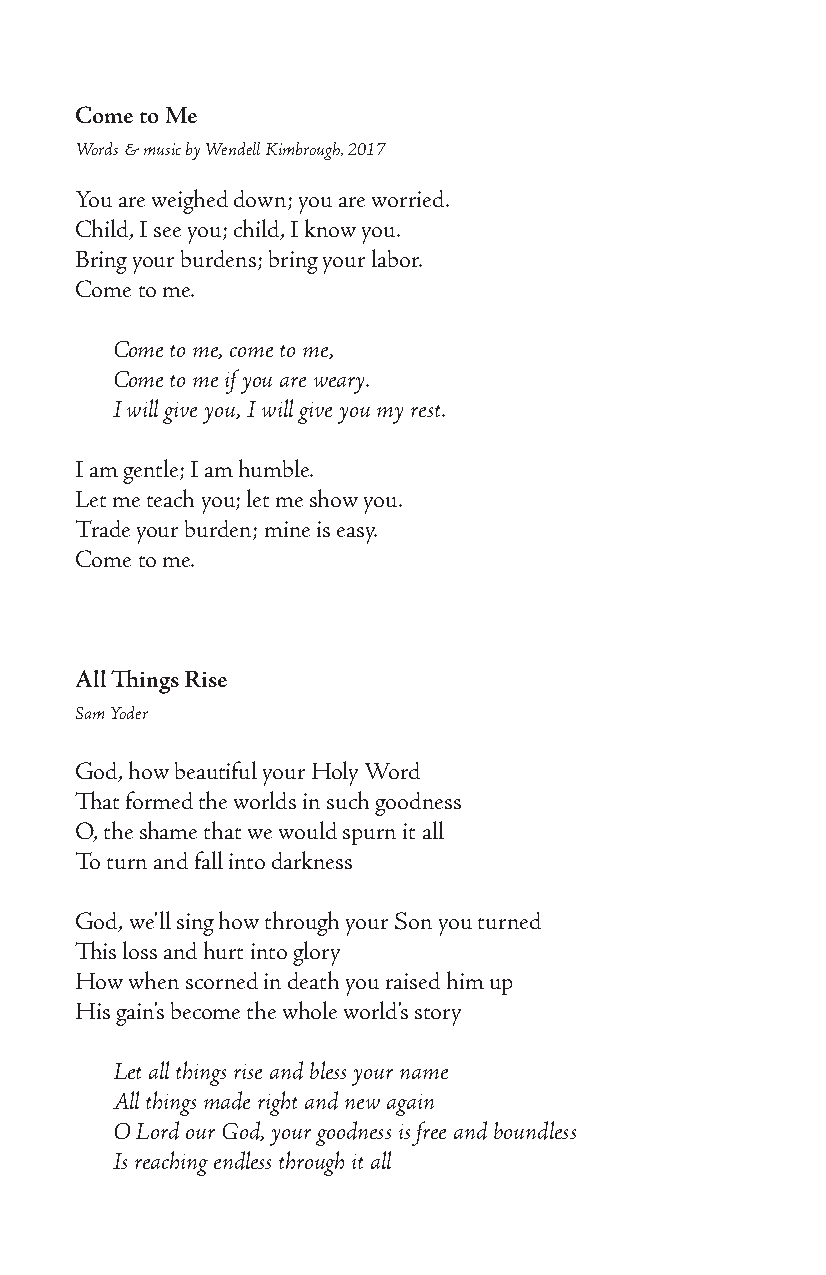
Come to Me
 Words & music by Wendell Kimbrough, 2017
 You are weighed down; you are worried.
 Child, I see you; child, I know you.
 Bring your burdens; bring your labor.
 Come to me.
 Come to me, come to me,
 Come to me if you are weary.
 I will give you, I will give you my rest.
 I am gentle; I am humble.
 Let me teach you; let me show you.
 Trade your burden; mine is easy.
 Come to me.
 All Things Rise
 Sam Yoder
 God, how beautiful your Holy Word
 That formed the worlds in such goodness
 O, the shame that we would spurn it all
 To turn and fall into darkness
 God, we’ll sing how through your Son you turned
 This loss and hurt into glory
 How when scorned in death you raised him up
 His gain’s become the whole world’s story
 Let all things rise and bless your name
 All things made right and new again
 O Lord our God, your goodness is free and boundless
 Is reaching endless through it all